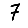
Digit: 7